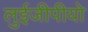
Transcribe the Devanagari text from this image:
लुईजीपीयो